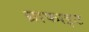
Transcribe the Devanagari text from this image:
ग्राफाइट